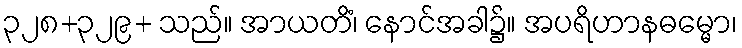
၃၂၈+၃၂၉+ သည်။ အာယတိံ၊ နောင်အခါ၌။ အပရိဟာနဓမ္မော၊